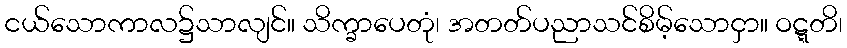
ငယ်သောကာလ၌သာလျင်။ သိက္ခာပေတုံ၊ အတတ်ပညာသင်စိမ့်သောငှာ။ ဝဋ္ဋတိ၊